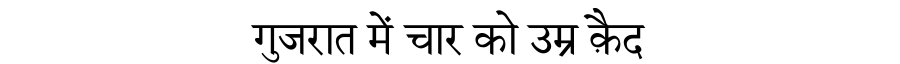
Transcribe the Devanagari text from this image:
गुजरात में चार को उम्र क़ैद